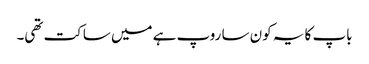
باپ کا یہ کون سا روپ ہے میں ساکت تھی۔